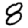
Digit: 8